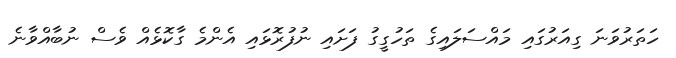
ހަތަރުވަނަ ގިއަރުގައި މައްސަލައިގެ ތަހުގީގު ފަށައި ނުފުރޮޅައި އެންމެ ގާކޮޅެއް ވެސް ނުބާއްވާނެ